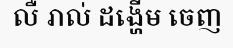
លឺ រាល់ ដង្ហើម ចេញ